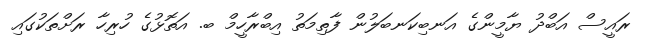
ރައީސް އަބްދު ޔާމީންގެ އަނބިކަނބަލުން ފާތިމަތު އިބްރާހީމް ބ. އަތޮޅުގެ ހުރިހާ ރަށްތަކުގައި